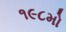
૧૯૮મો